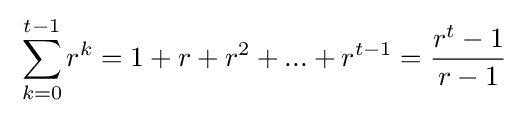
\;\sum _{k=0}^{t-1}r^{k}=1+r+r^{2}+...+r^{t-1}={\frac {r^{t}-1}{r-1}}